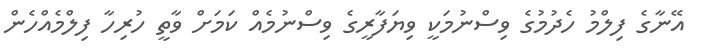
އޭނާގެ ފިލްމު ހެދުމުގެ ވިސްނުމަކީ ވިޔަފާރީގެ ވިސްނުމެއް ކަމަށް ވާތީ ހުރިހާ ފިލްމެއްހެން